Document type: Pledge
Year: 1265
Scribe: Pere Marc
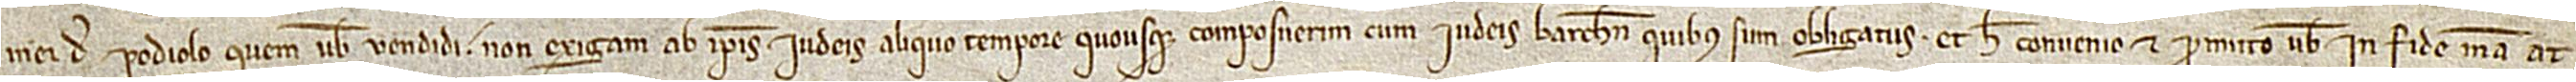
mei de Podiolo quem vobis vendidi, non exigam ab ipsis iudeis aliquo tempore quousque composuerim cum iudeis Barchinone quibus sum obligatus. Et hec convenio et promito vobis in fide mea at-